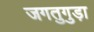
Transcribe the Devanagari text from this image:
जगतुगुड़ा